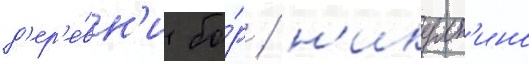
д'ер'е́вн'и бо́р / н'икулк'ино